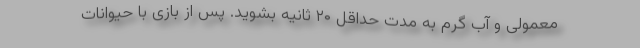
معمولی و آب گرم به مدت حداقل ۲۰ ثانیه بشوید. پس از بازی با حیوانات